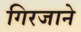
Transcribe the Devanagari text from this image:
गिरजाने